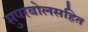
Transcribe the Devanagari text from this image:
सुपरबोलसहित